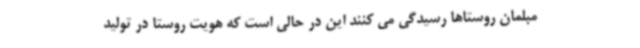
مبلمان روستاها رسیدگی می کنند این در حالی است که هویت روستا در تولید